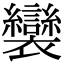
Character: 𧟏